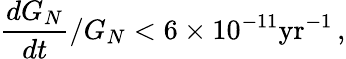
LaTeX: \frac{dG_{N}}{dt}/G_{N}<6\times 10^{-11}\mathrm{yr}^{-1}\, ,